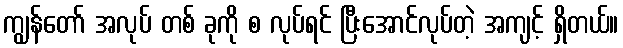
ကျွန်တော် အလုပ် တစ် ခုကို စ လုပ်ရင် ပြီးအောင်လုပ်တဲ့ အကျင့် ရှိတယ်။